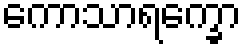
ကောသာရက္ခော